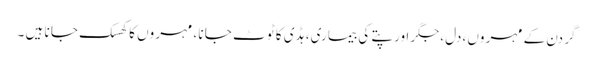
گر دن کے مہر وں ،دل ،جگر اور پتے کی بیما ری، ہڈی کا ٹو ٹ جا نا ، مہر وں کا کھسک جا نا ہیں ۔